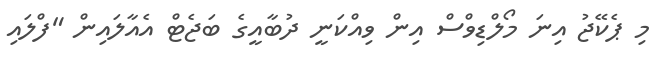
މި ޕެކޭޖު އިނަ މޯލްޑިވްސް އިން ވިއްކަނީ ދުބާއީގެ ބަޖެޓް އެއާލައިން "ފްލައި